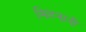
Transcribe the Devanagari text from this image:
मिहनानी